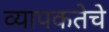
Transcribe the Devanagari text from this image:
व्यापकतेचे